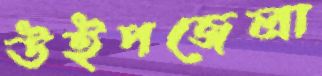
উইপজেলা